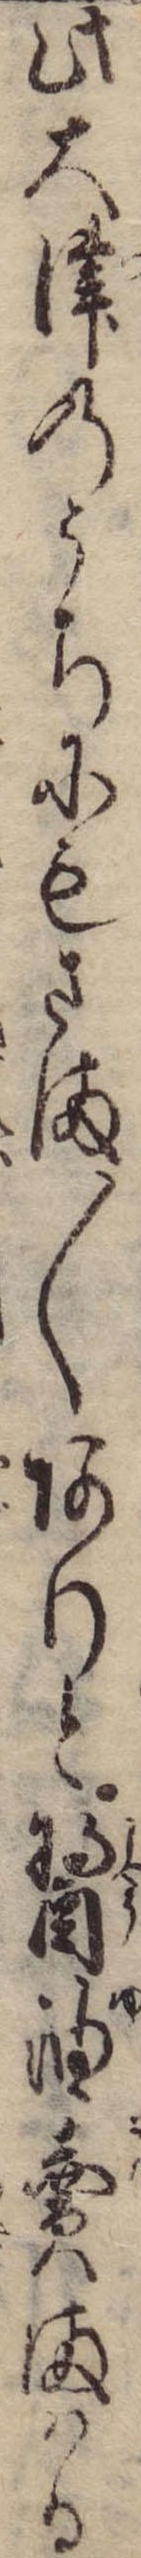
此大津のうちにもさま〱ありと醤油売まはる